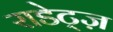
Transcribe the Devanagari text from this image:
राडेट्ज़